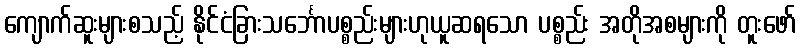
ကျောက်ဆူးများစသည့် နိုင်ငံခြားသင်္ဘောပစ္စည်းများဟုယူဆရသော ပစ္စည်း အတိုအစများကို တူးဖော်